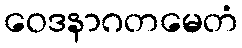
ဝေဒနာဂတမေတံ